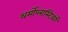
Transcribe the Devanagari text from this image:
थर्मोप्लास्टिकों